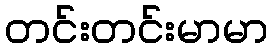
တင်းတင်းမာမာ